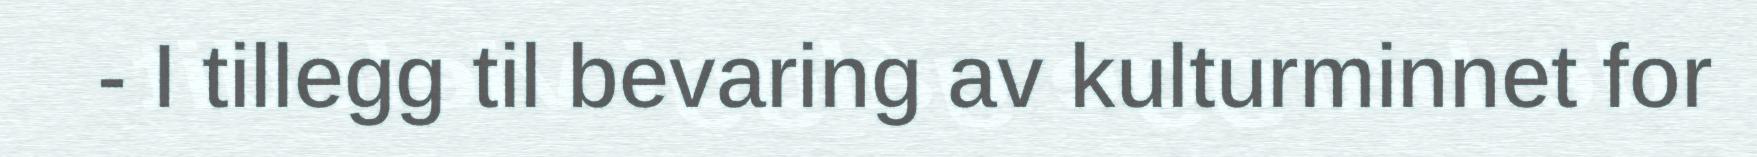
- I tillegg til bevaring av kulturminnet for